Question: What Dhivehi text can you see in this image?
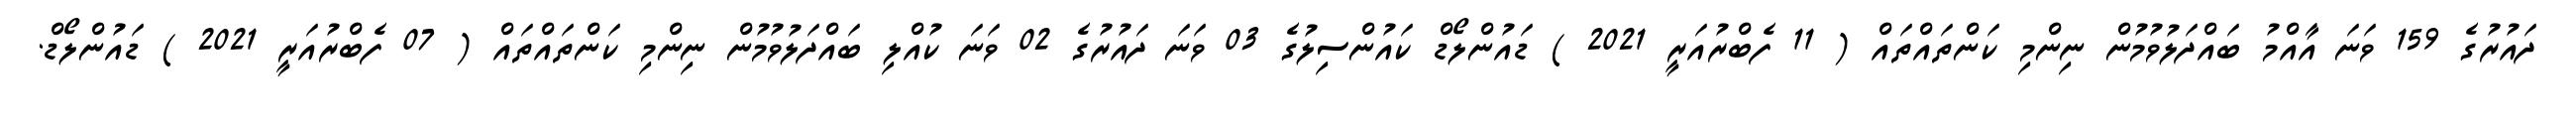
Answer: ދައުރުގެ 159 ވަނަ އާއްމު ބައްދަލުވުމުން ނިންމި ކަންތައްތައް ( 11 ފެބްރުއަރީ 2021 ) ޑައުންލޯޑް ކައުންސިލުގެ 03 ވަނަ ދައުރުގެ 02 ވަނަ ކުއްލި ބައްދަލުވުމުން ނިންމި ކަންތައްތައް ( 07 ފެބްރުއަރީ 2021 ) ޑައުންލޯޑް.